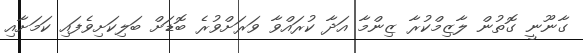
ގާނޫނީ ގޮތުން ލާޒިމްކުރާ ޒިންމާ އަދާ ކުރައްވާ ވަރަށްވުރެ ބޮޑަށް ބަލިކަށިވެފައި ކަމަށާއި